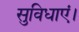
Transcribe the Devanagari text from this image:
सुविधाएं।